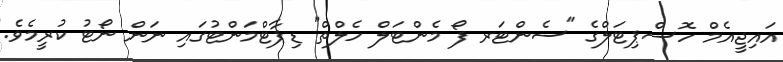
އައިޖީއެމް ހޮސްޕިޓަލްގެ "ސެންޓަރ ފޯ މެންޓަލް ހެލްތް" ޑިޕާޓްމަންޓުގައި ނަން ނޯޓު ކުރީމެވެ.